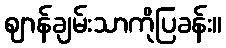
ဈာန်ချမ်းသာကိုပြခန်း။